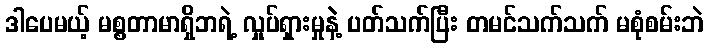
ဒါပေမယ့် မစ္စတာမာရှိဘရဲ့ လှုပ်ရှားမှုနဲ့ ပတ်သက်ပြီး တမင်သက်သက် မစုံစမ်းဘဲ